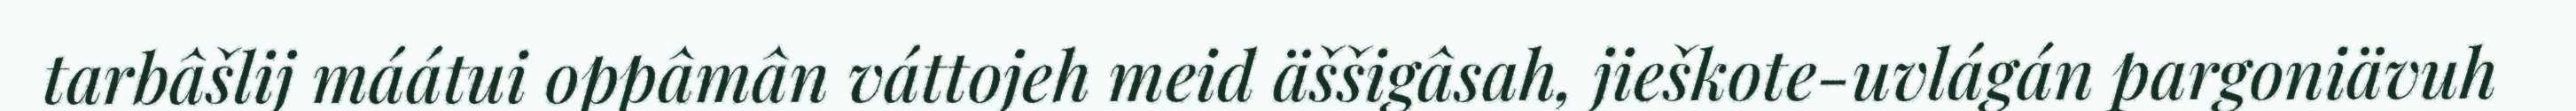
tarbâšlij máátui oppâmân váttojeh meid äššigâsah, jieškote-uvlágán pargoniävuh